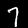
Digit: 7